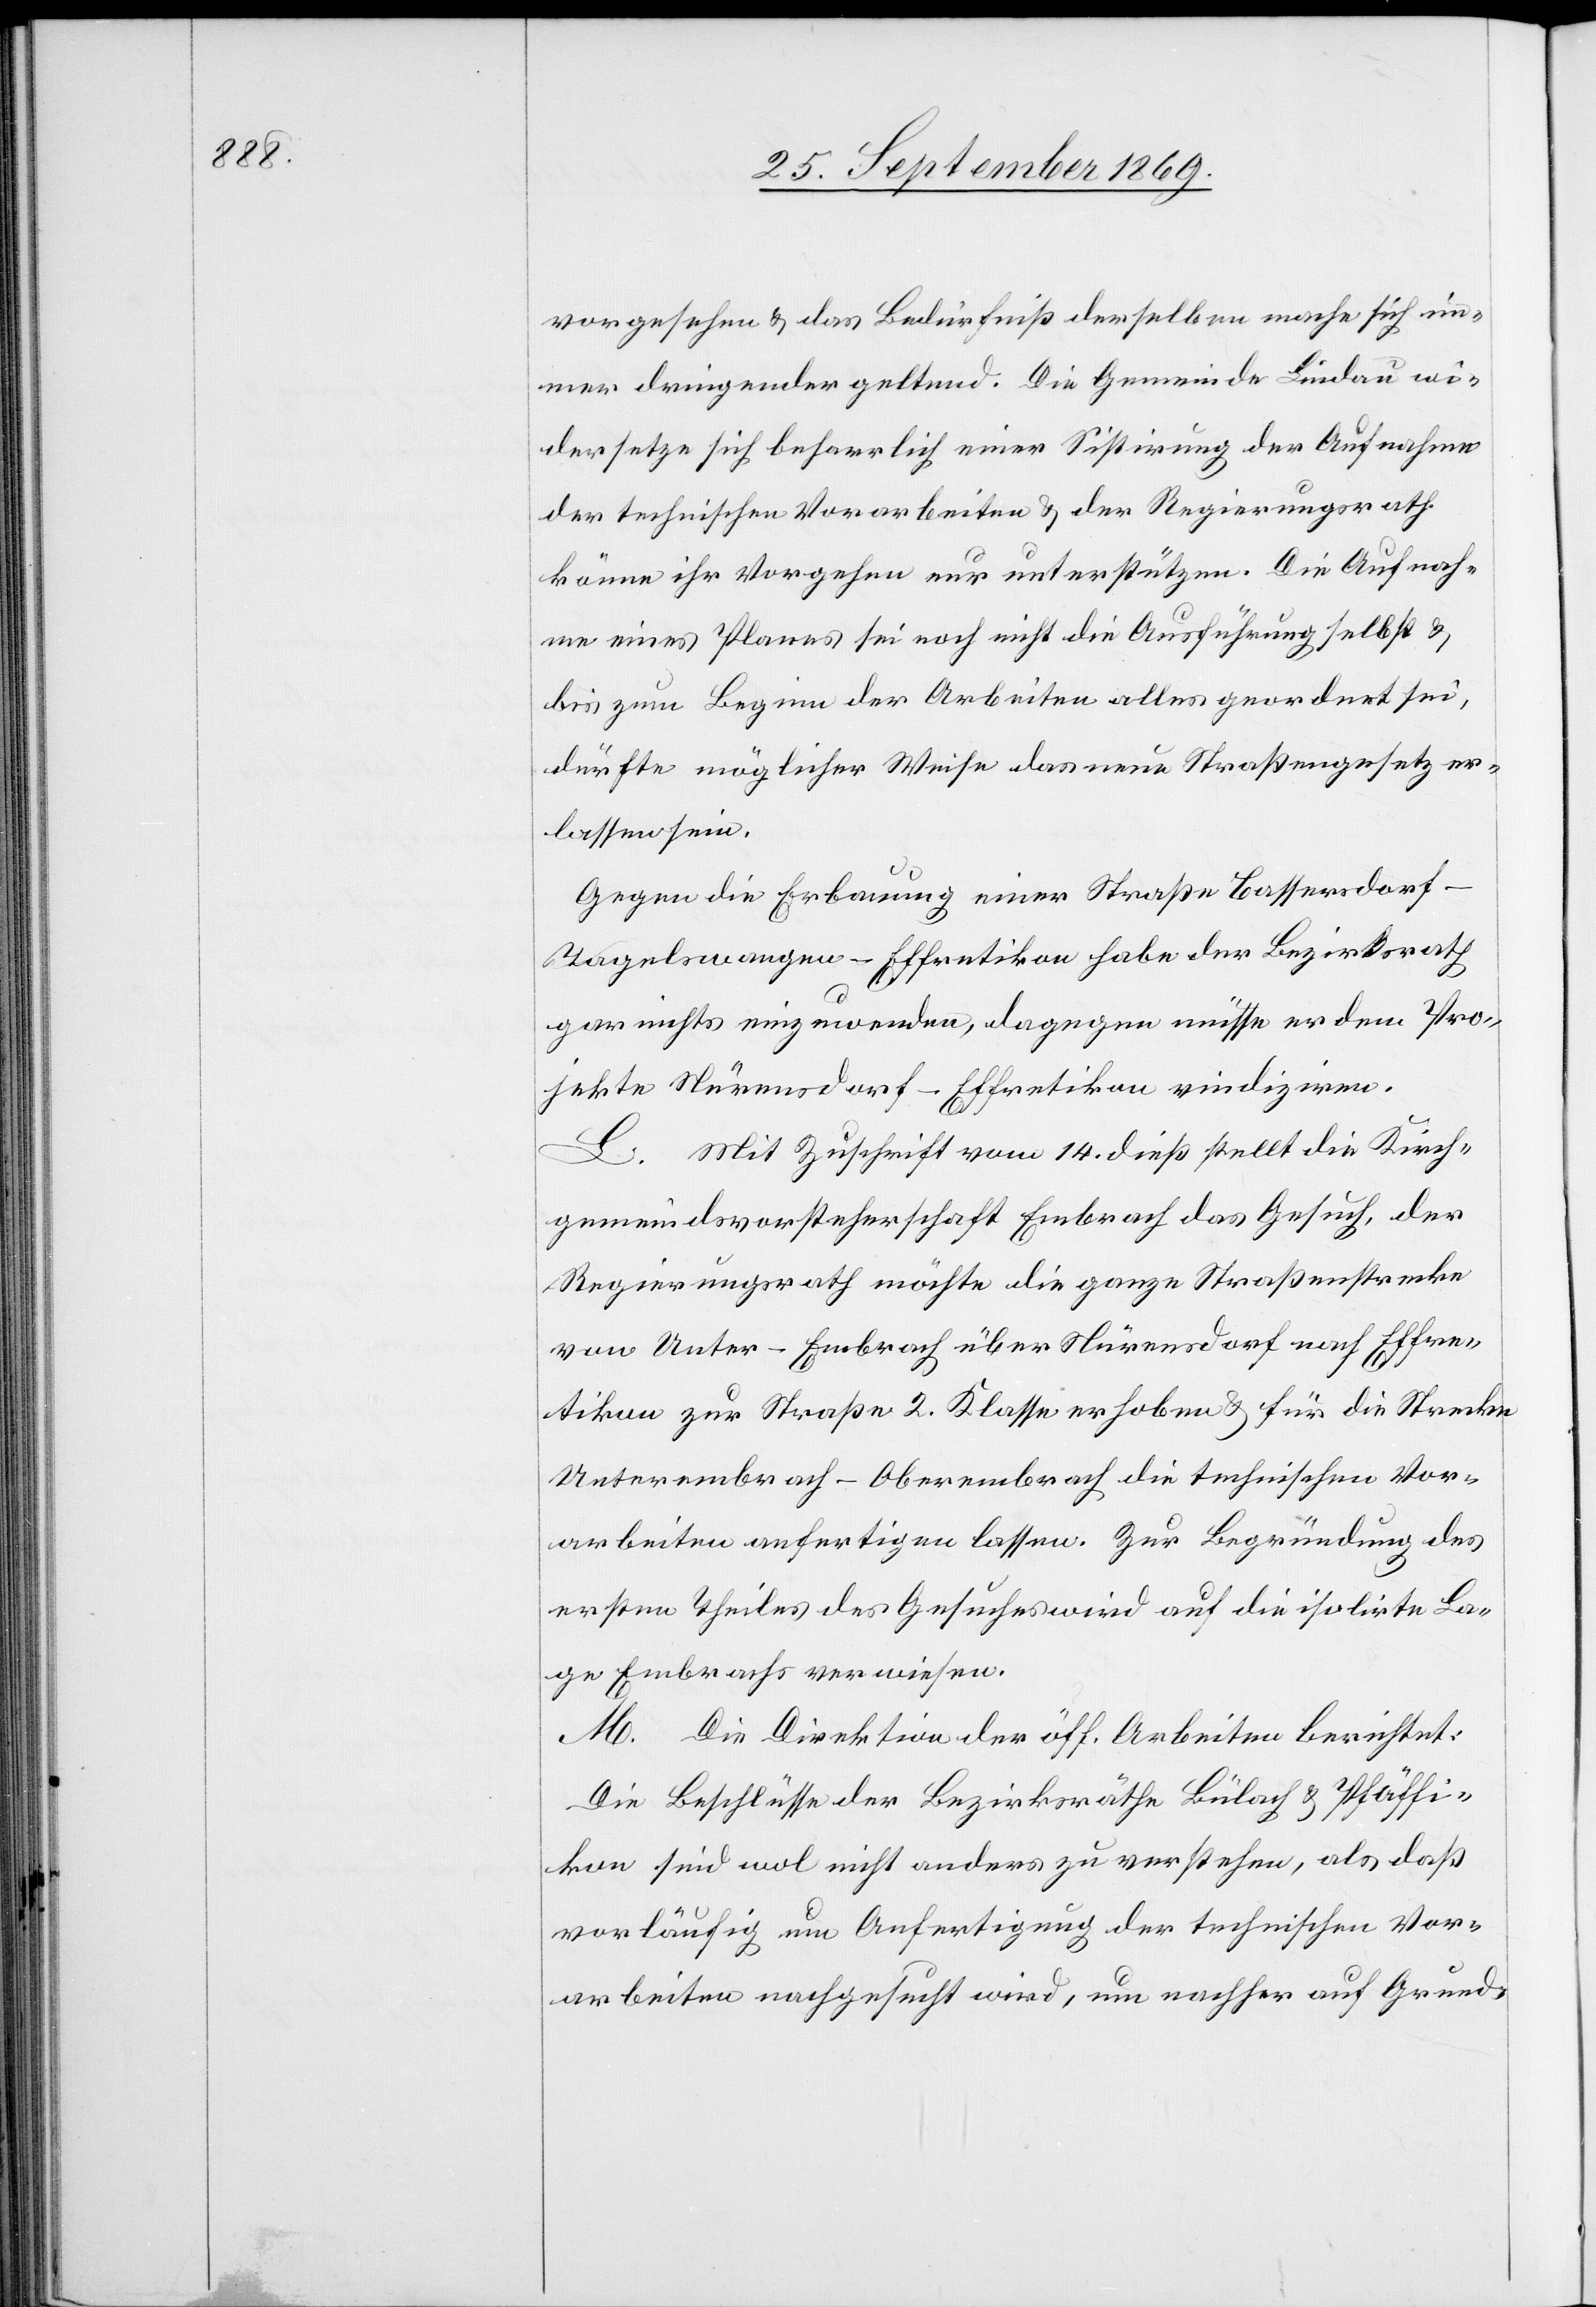
vorgesehen & das Bedürfniß derselben mache sich im¬
mer dringender geltend. Die Gemeinde Lindau wi¬
dersetze sich beharrlich einer Sistirung der Aufnahme
der technischen Vorarbeiten & der Regierungsrath
könne ihr Vorgehen nur unterstützen. Die Aufnah¬
me eines Planes sei noch nicht die Ausführung selbst &
bis zum Beginn der Arbeiten alles geordnet sei,
dürfte möglicher Weise das neue Straßengesetz er¬
lassen sein.
Gegen die Erbauung einer Straße Bassersdorf–T¬
agelswangen–Effretikon habe der Bezirksrath
gar nichts einzuwenden, dagegen müsse er dem Pro¬
jekte Nürensdorf–Effretikon vindiziren.
L. Mit Zuschrift vom 14. dieß stellt die Kirch¬
gemeindsvorsteherschaft Embrach das Gesuch, der
Regierungsrath möchte die ganze Straßenstrecke
von Unter-Embrach über Nürensdorf nach Effre¬
tikon zur Straße 2. Klasse erhoben [sic!] & für die Strecke
Unterembrach–Oberembrach die technischen Vor¬
arbeiten anfertigen lassen. Zur Begründung des
ersten Theiles des Gesuches wird auf die isolirte La¬
ge Embrachs verwiesen.
M. Die Direktion der öff. Arbeiten berichtet:
Die Beschlüsse der Bezirksräthe Bülach & Pfäffi¬
kon sind wol nicht anders zu verstehen, als daß
vorläufig um Anfertigung der technischen Vor¬
arbeiten nachgesucht wird, um nachher auf Grund-